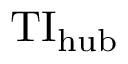
\mathrm { T I } _ { \mathrm { h u b } }